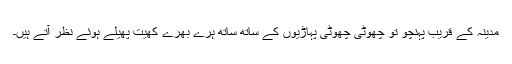
مدینہ کے قریب پہنچو تو چھوٹی چھوٹی پہاڑیوں کے ساتھ ساتھ ہرے بھرے کھیت پھیلے ہوئے نظر آتے ہیں۔